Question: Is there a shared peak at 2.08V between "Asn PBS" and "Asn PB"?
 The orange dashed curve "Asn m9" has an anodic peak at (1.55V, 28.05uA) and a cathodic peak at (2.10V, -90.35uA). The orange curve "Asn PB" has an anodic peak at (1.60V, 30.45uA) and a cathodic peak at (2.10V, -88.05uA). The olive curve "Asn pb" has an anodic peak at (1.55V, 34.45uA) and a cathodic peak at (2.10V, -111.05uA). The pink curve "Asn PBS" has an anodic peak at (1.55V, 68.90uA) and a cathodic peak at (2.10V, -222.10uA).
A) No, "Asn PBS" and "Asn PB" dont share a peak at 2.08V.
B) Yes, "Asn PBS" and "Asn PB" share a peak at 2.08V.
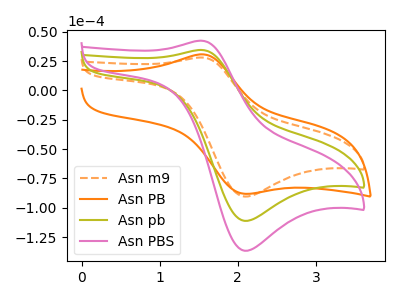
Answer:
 <answer>B) Yes, "Asn PBS" and "Asn PB" share a peak at 2.08V.</answer>
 <eval>B</eval>